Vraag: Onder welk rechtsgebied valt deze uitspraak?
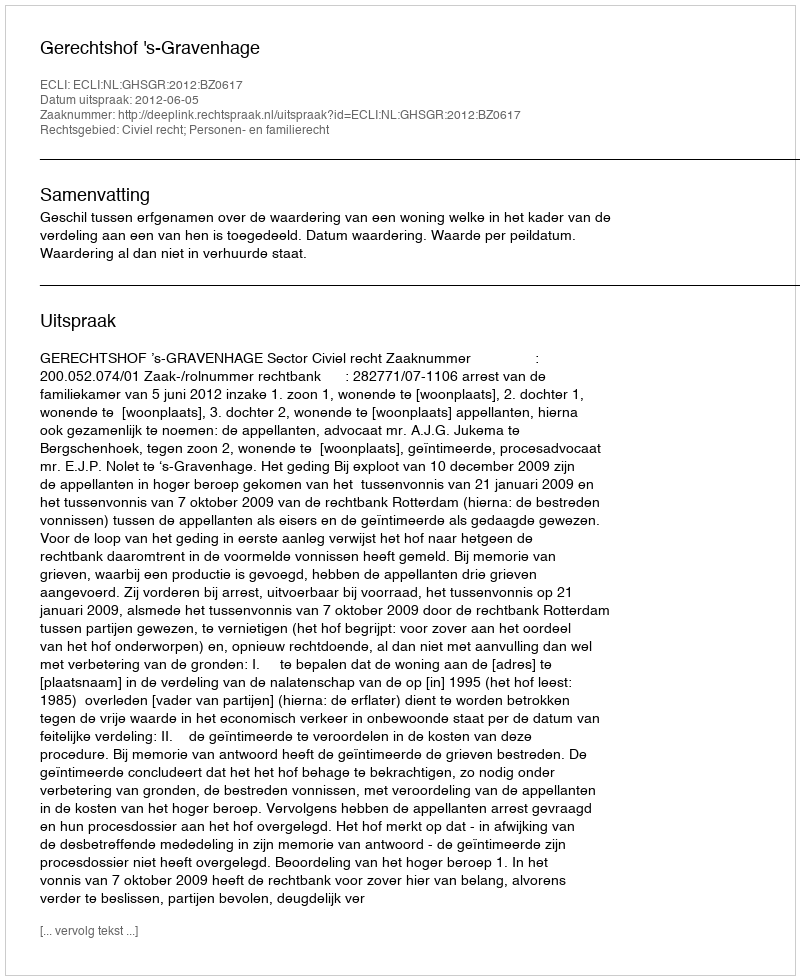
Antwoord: Civiel recht; Personen- en familierecht